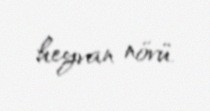
heyvan növü.